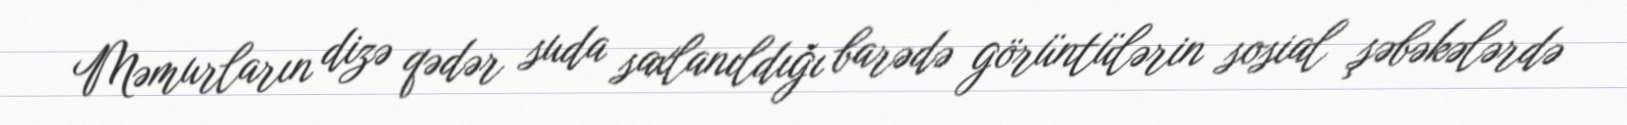
Məmurların dizə qədər suda saxlanıldığı barədə görüntülərin sosial şəbəkələrdə